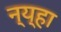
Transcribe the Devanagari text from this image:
न्य्हा